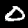
Label: 0